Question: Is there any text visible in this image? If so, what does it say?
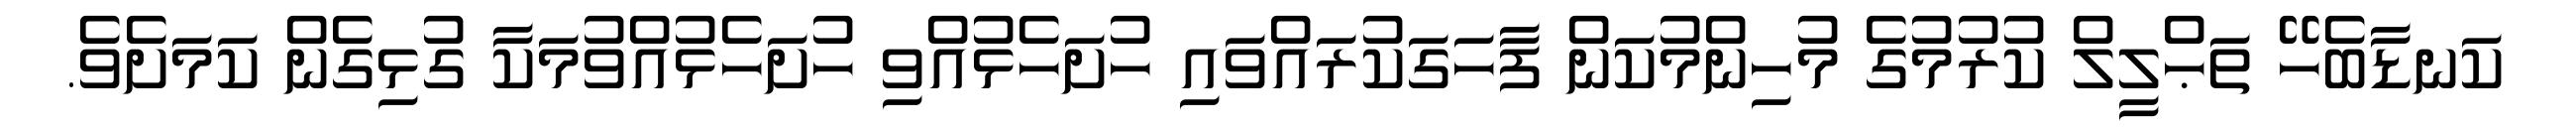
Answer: ކަނޑާބެހޭ ތަޙްލީލް ކުރުމުގެ މުހިންމުކަން ފާހަގަކުރައްވައި ހުށަހެޅުއްވި ހުށަހެޅުއްވުމަކާ ގުޅިގެން ކަމަށެވެ.